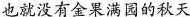
也就没有金果满园的秋天